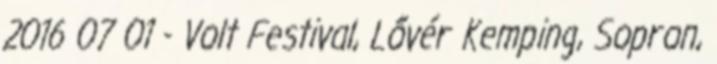
2016 07 01 - Volt Festival, Lővér Kemping, Sopron,